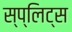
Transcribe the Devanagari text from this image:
स्प्लिट्स